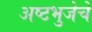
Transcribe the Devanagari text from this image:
अष्टभुजेचे